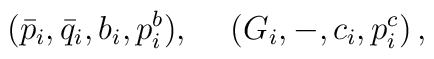
(\bar{p}_i,\bar{q}_i,b_i,p_i^b),\hspace{0.5cm}(G_i,-,c_i,p_i^c)\,,